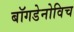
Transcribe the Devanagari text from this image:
बॉगडेनोविच